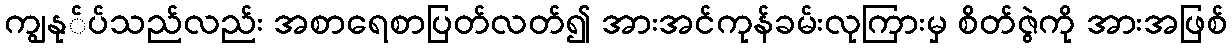
ကျွနု်ပ်သည်လည်း အစာရေစာပြတ်လတ်၍ အားအင်ကုန်ခမ်းလုကြားမှ စိတ်ဇွဲကို အားအဖြစ်